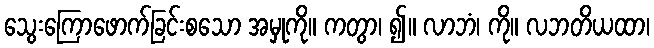
သွေးကြောဖောက်ခြင်းစသော အမှုကို။ ကတွာ၊ ၍။ လာဘံ၊ ကို။ လဘတိယထာ၊